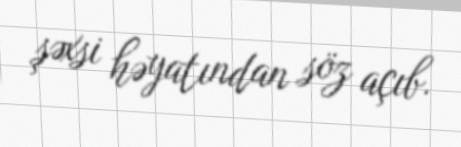
şəxsi həyatından söz açıb.